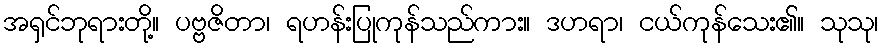
အရှင်ဘုရားတို့။ ပဗ္ဗဇိတာ၊ ရဟန်းပြုကုန်သည်ကား။ ဒဟရာ၊ ငယ်ကုန်သေး၏။ သုသု၊